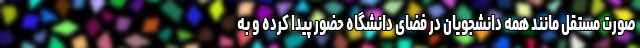
صورت مستقل مانند همه دانشجویان در فضای دانشگاه حضور پیدا کرده و به